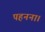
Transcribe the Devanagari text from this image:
पहनना।